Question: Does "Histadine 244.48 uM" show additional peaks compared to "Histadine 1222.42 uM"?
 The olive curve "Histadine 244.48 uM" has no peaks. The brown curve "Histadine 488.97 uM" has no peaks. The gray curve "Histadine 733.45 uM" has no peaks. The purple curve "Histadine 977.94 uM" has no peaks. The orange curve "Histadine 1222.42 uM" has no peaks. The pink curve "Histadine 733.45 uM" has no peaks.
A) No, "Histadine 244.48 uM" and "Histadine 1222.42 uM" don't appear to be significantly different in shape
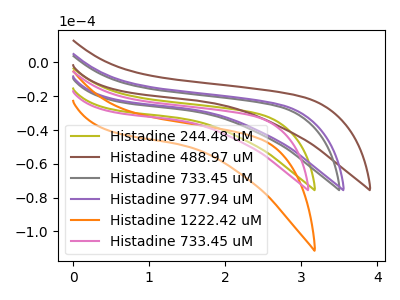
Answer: <think>Neither "Histadine 244.48 uM" or "Histadine 1222.42 uM" have any peaks.
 </think>
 <answer>A) No, "Histadine 244.48 uM" and "Histadine 1222.42 uM" don't appear to be significantly different in shape</answer>
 <eval>A</eval>